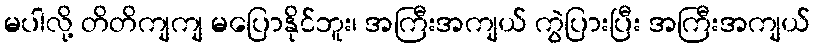
မပါလို့ တိတိကျကျ မပြောနိုင်ဘူး၊ အကြီးအကျယ် ကွဲပြားပြီး အကြီးအကျယ်